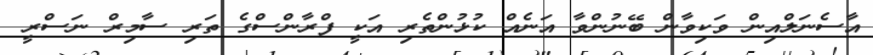
އާސެނަލްއިން ވަކިވާން ބޭނުންވާ އަނެއް ކުޅުންތެރި އަކީ ފްރާންސްގެ ތަރި ސާމިރް ނަސްރީ